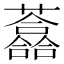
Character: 𧄮